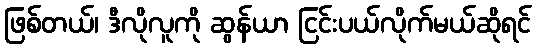
ဖြစ်တယ်၊ ဒီလိုလူကို ဆွန်ယာ ငြင်းပယ်လိုက်မယ်ဆိုရင်